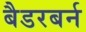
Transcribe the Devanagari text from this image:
बैडरबर्न